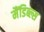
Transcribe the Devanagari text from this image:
मैंडिब्ल्स